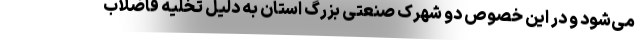
می‌شود و در این خصوص دو شهرک صنعتی بزرگ استان به‌ دلیل تخلیه فاضلاب